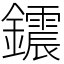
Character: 𨯂